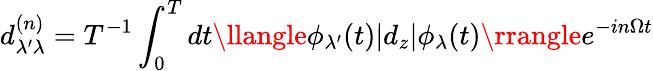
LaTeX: d_{\lambda^{\prime}\lambda}^{(n)}=T^{-1}\int_{0}^{T}dt\llangle\phi_{\lambda^{\prime}}(t)|d_{z}|\phi_{\lambda}(t)\rrangle e^{-in\Omega t}